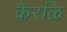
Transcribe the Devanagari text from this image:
कैरळि